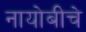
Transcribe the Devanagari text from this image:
नायोबीचे